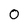
Character: 0